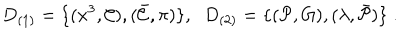
D _ { ( 1 ) } = \{ ( x ^ { 3 } , { \cal C } ) , ( \bar { \cal C } , \pi ) \} , \; \; D _ { ( 2 ) } = \{ ( { \cal P } , G ) , ( \lambda , \bar { \cal P } ) \} \; .